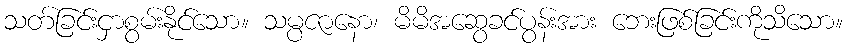
သတ်ခြင်းငှာစွမ်းနိုင်သော။ သမ္ပဇာနော၊ မိမိအဆွေခင်ပွန်းအား ဘေးဖြစ်ခြင်းကိုသိသော။